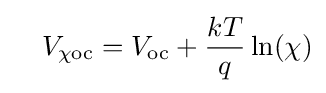
\quad V_{\mathrm {\chi oc} }=V_{\mathrm {oc} }+{kT \over q}\ln(\chi )